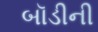
બૉડીની